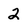
Character: 2